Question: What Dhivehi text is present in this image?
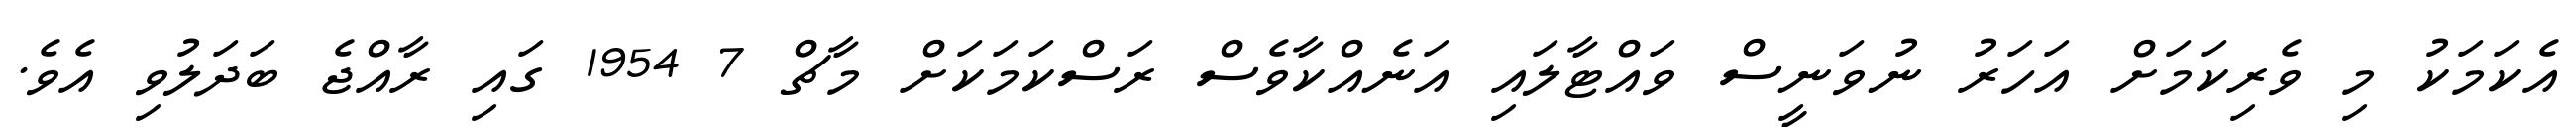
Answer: އެކަމަކު މި ވެރިކަމަށް އަހަރު ނުވަނީސް ވައްޓާލައި އަނެއްކާވެސް ރަސްކަމަކަށް މާޗް 7 1954 ގައި ރާއްޖެ ބަދަލުވި އެވެ.